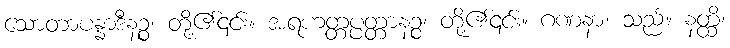
သောတာပန္နာဒီနဉ္စ၊ တို့၏၎င်း။ အရဟတ္တပ္ပတ္တာနဉ္စ၊ တို့၏၎င်း။ ဂဏနာ၊ သည်။ နတ္ထိ၊